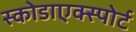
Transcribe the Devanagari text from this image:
स्कोडाएक्स्पोर्ट